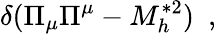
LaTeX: \delta(\Pi_{\mu}\Pi^{\mu}-M_{h}^{*2})\ \ ,